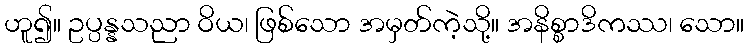
ဟူ၍။ ဥပ္ပန္နသညာ ဝိယ၊ ဖြစ်သော အမှတ်ကဲ့သို့။ အနိစ္စာဒိကဿ၊ သော။